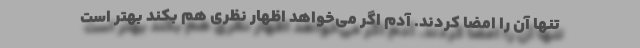
تنها آن را امضا کردند. آدم اگر می‌خواهد اظهار نظری هم بکند بهتر است